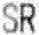
SR